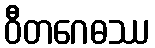
ဝီတဂေဓဿ